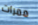
ممرات